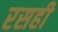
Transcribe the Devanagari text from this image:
रसही